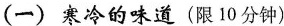
（一）寒冷的味道(限10分钟)